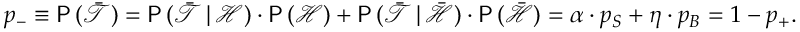
p _ { - } \equiv \mathsf { P } \, ( \bar { \mathcal { T } } ) = \mathsf { P } \, ( \bar { \mathcal { T } } \, | \, \mathcal { H } ) \cdot \mathsf { P } \, ( \mathcal { H } ) + \mathsf { P } \, ( \bar { \mathcal { T } } \, | \, \bar { \mathcal { H } } ) \cdot \mathsf { P } \, ( \bar { \mathcal { H } } ) = \alpha \cdot p _ { S } + \eta \cdot p _ { B } = 1 - p _ { + } .